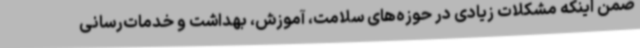
ضمن اینکه مشکلات زیادی در حوزه‌های سلامت، آموزش، بهداشت و خدمات‌رسانی